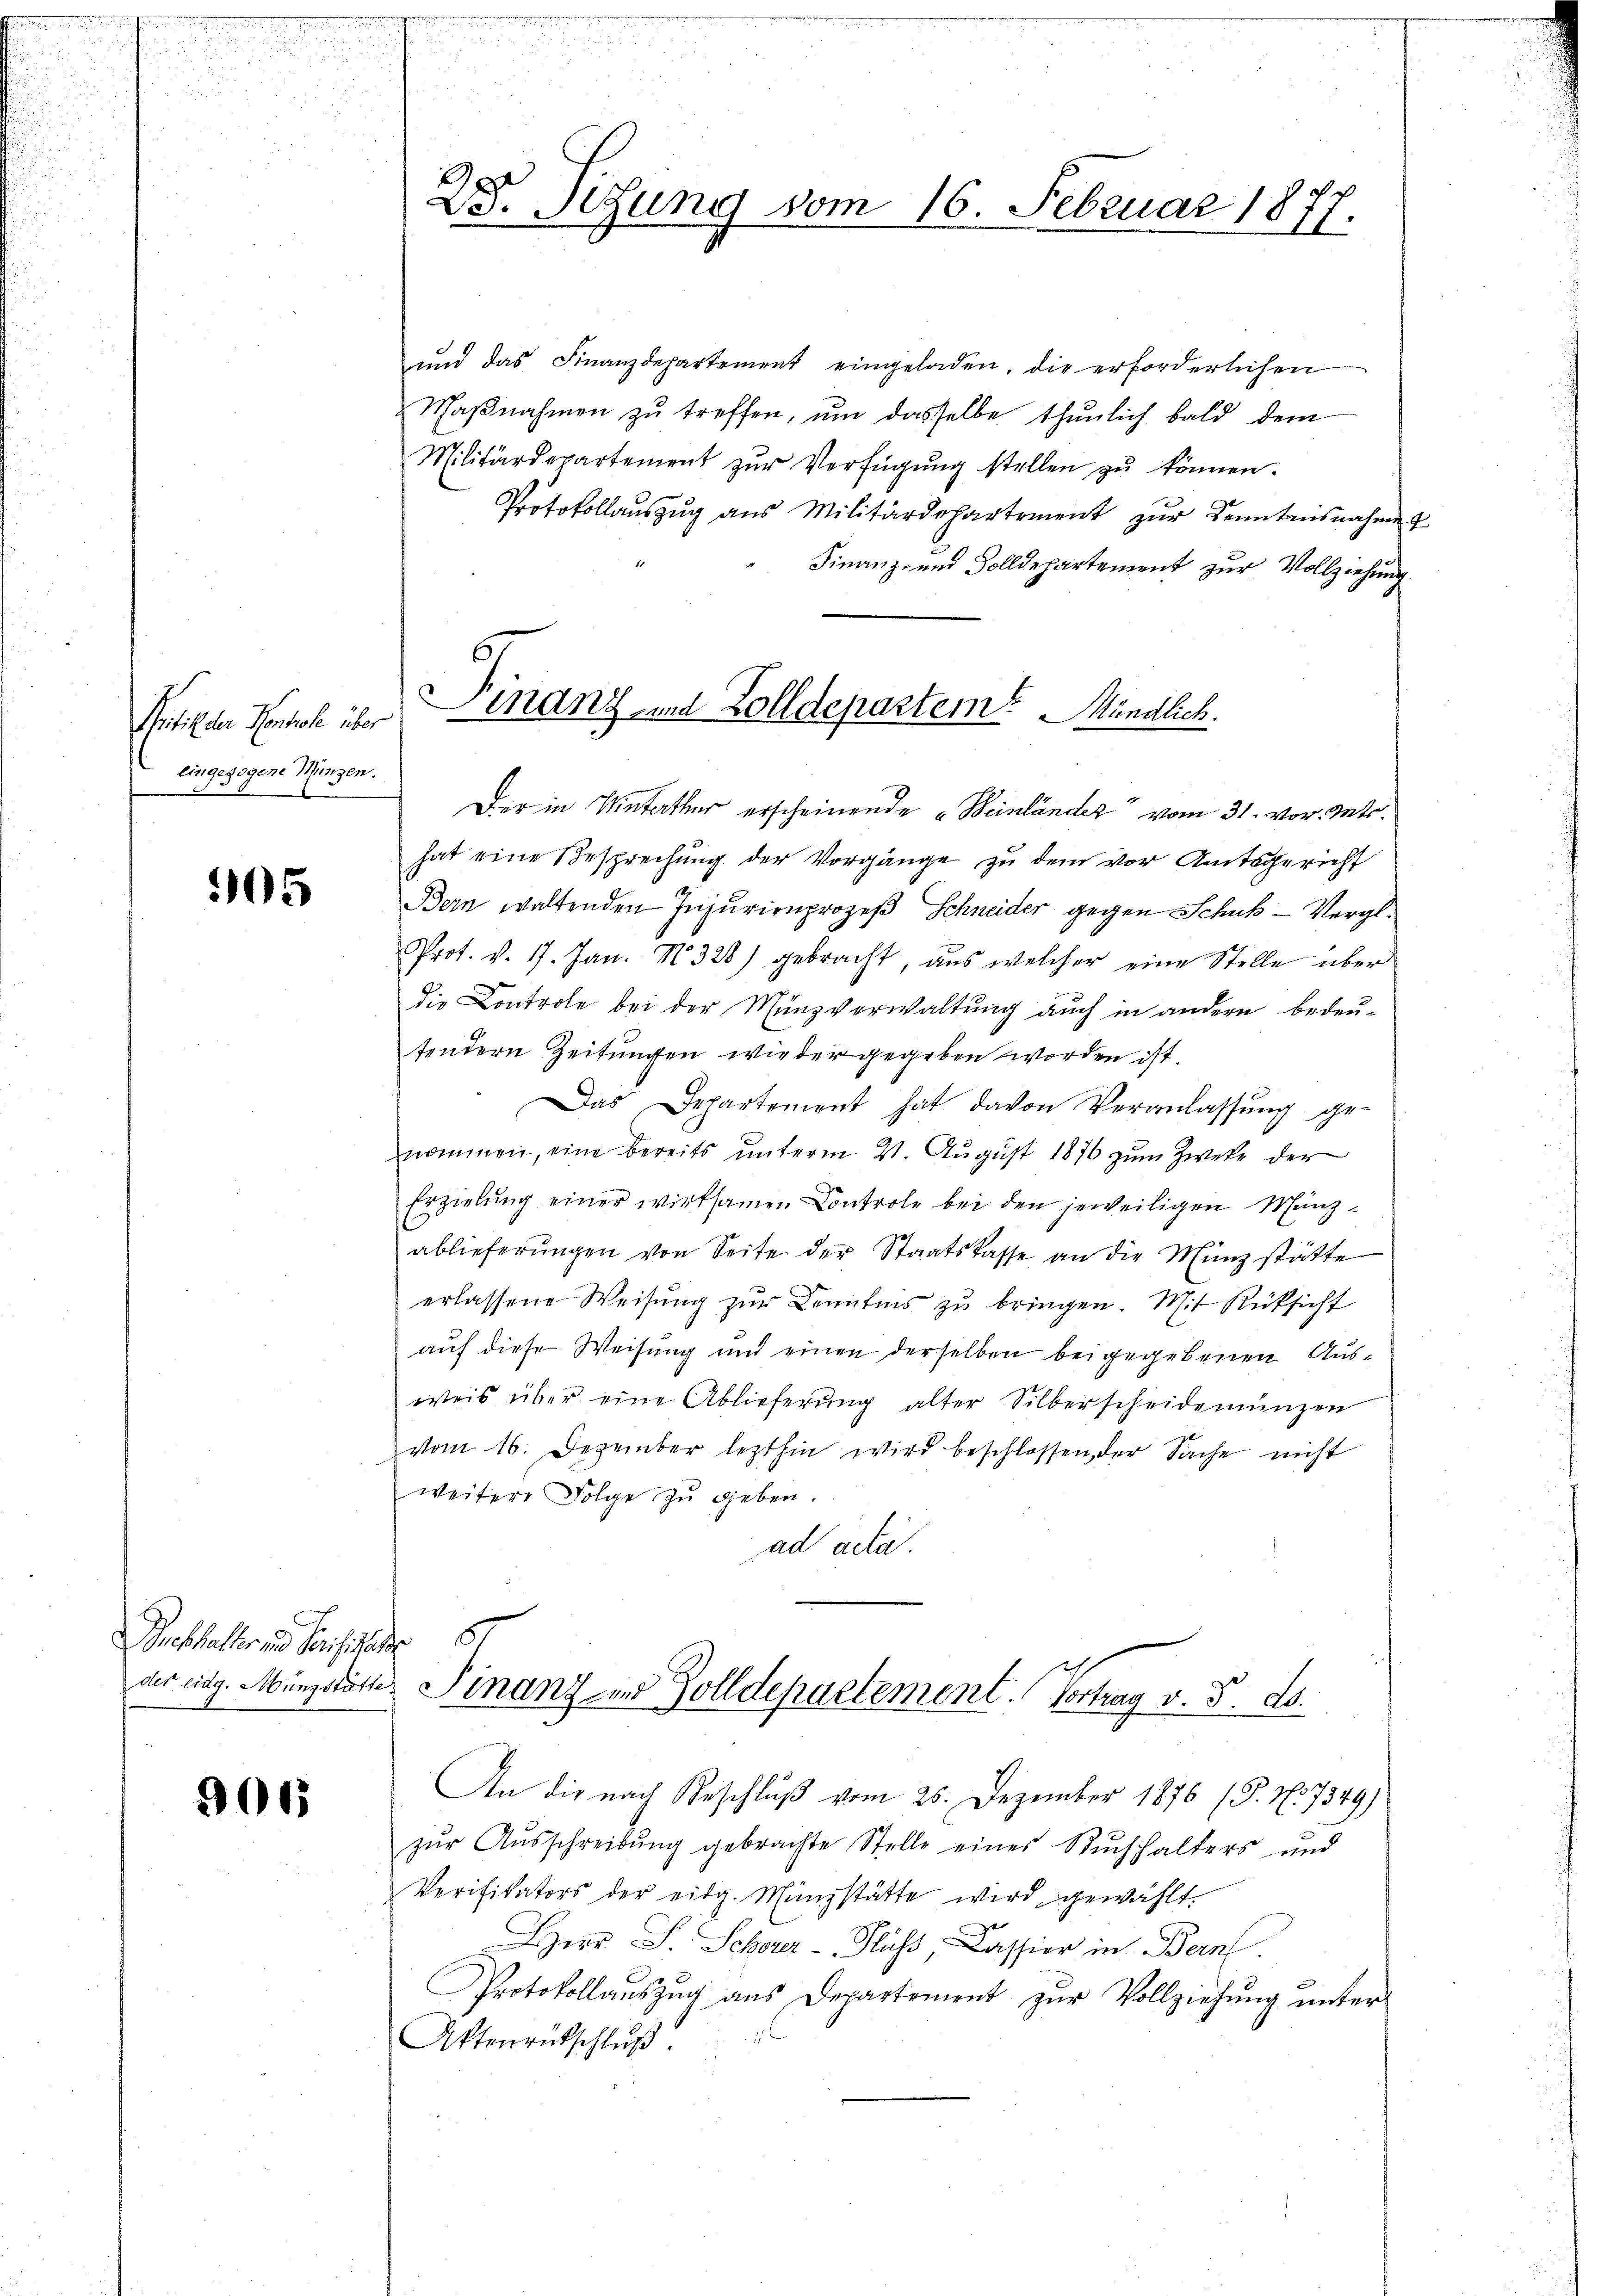
Pritik der Kontrole über
eingezogene Münzen.

05

nchaller und Verificate

901

und das Finanzdepartement eingeladen, die erforderlichen
Maβnahmen zu treffen, um dasselbe thunlich bald dem
Militärdepartement zur Verfügung stellen zu können.
Protokollaŭszŭg aŭs Militärdepartement zŭr Kenntnisnahmen
Finanz- und Solldepartement zur Vollziehung
Der in Unterther erscheinende Beinländer“ vom 31. vor. Mts.
hat eine Besprechung der Vorgänge zu dem vor Amtsgericht
Bern waltenden Injurienprozeß Schneider gegen Schuk-Vergl.
Prot. v. 17. Jan. N328) gebracht, aus welcher eine Stelle über
die Controle bei der Münzverwaltung auch in andern bedeu-
tendern Zeitungen wieder gegeben worden ist.
Das Departement hat davon Veranlassŭng ge-
nommen, eine bereits ŭnterm 21. Aŭgŭst 1876 zŭm Zweke der
Erzielŭng einer wirksamen Controle bei den jeweiligen Münz-
ablieferŭngen von Seite der Staatskasse an die Münzstätte
erlassene Weisŭng zŭr Kenntnis zŭ bringen. Mit Rücksicht
auf diese Weisung und einen derselben beigegebenen Ausweis über eine Ablieferung alter Silberscheidemünzen
vom 16. Dezember lezthin wird beschlossen der Sache nicht
weitere Folge zu geben.
ad acta.
8.
der eidg. Münzstätte Finanz- und Zolldepartement. Vortrag v. 5. ds.
An die nach Beschluß vom 25. Dezember 1876 (P. Nr. 7349)
zur Ausschreibung gebrachte Stelle eines Buchhalters und
Verifikators der eidg. Münzstätte wird gewählt.
Herr S. Scherer - „Fluss, Cassier in Bern.
Protokollauszug aus Departement zur Vollziehung unter
Aktenrütschlŭβ

2. Setzung vom 16. Februar 1877.

Finanz- und Zolldepartem Mündlich.